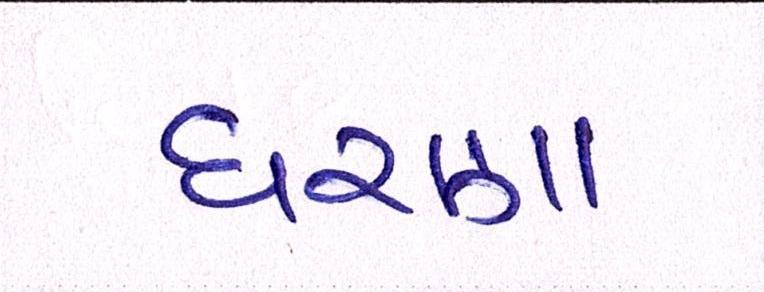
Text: ધરણા